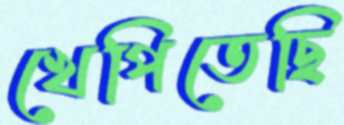
খেপিতেছি